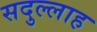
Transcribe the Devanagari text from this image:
सदुल्‍लाह